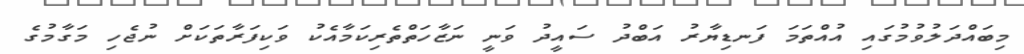
މިބައްދަލުވުމުގައި އުއްތަމަ ފަނޑިޔާރު އަބްދު ސައީދު ވަނީ ނަޒާހަތްތެރިކަމާއެކު ވަކިފަރާތަކަށް ނުޖެހި މަގާމުގެ